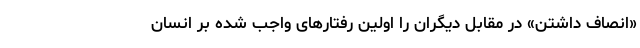
«انصاف داشتن» در مقابل دیگران را اولین رفتارهای واجب شده بر انسان